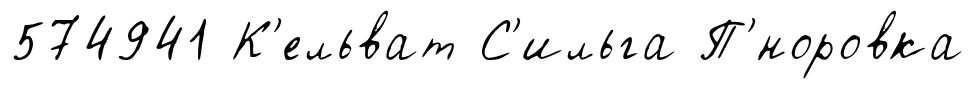
574941 К'ельват С'ильга П'́норовка